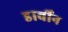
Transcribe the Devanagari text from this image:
डार्वीन